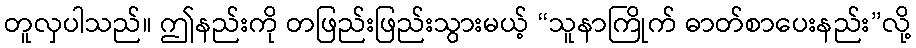
တူလှပါသည်။ ဤနည်းကို တဖြည်းဖြည်းသွားမယ့် “သူနာကြိုက် ဓာတ်စာပေးနည်း”လို့